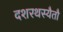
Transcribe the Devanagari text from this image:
दशरथस्यैतौ